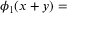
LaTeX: \phi _ { 1 } ( x + y ) =